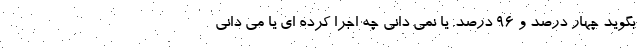
بگوید چهار درصد و ۹۶ درصد. یا نمی دانی چه اجرا کرده ای یا می دانی